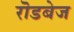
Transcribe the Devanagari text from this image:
रॊडबेज